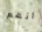
انهم